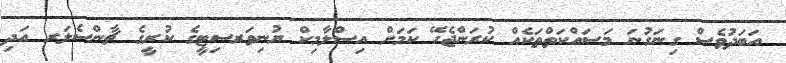
އަބަދުވެސް ގިނަގުނަ މަސައްކަތްތަކެއް ކުރަންޖެހޭ ކަމަށް އިސްލާމިކް ޔުނިވަރސިޓީގެ ކުރީގެ ޗާންސެލަރ އަދި